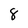
Character: 8